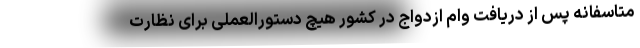
متاسفانه پس از دریافت وام ازدواج در کشور هیچ دستورالعملی برای نظارت